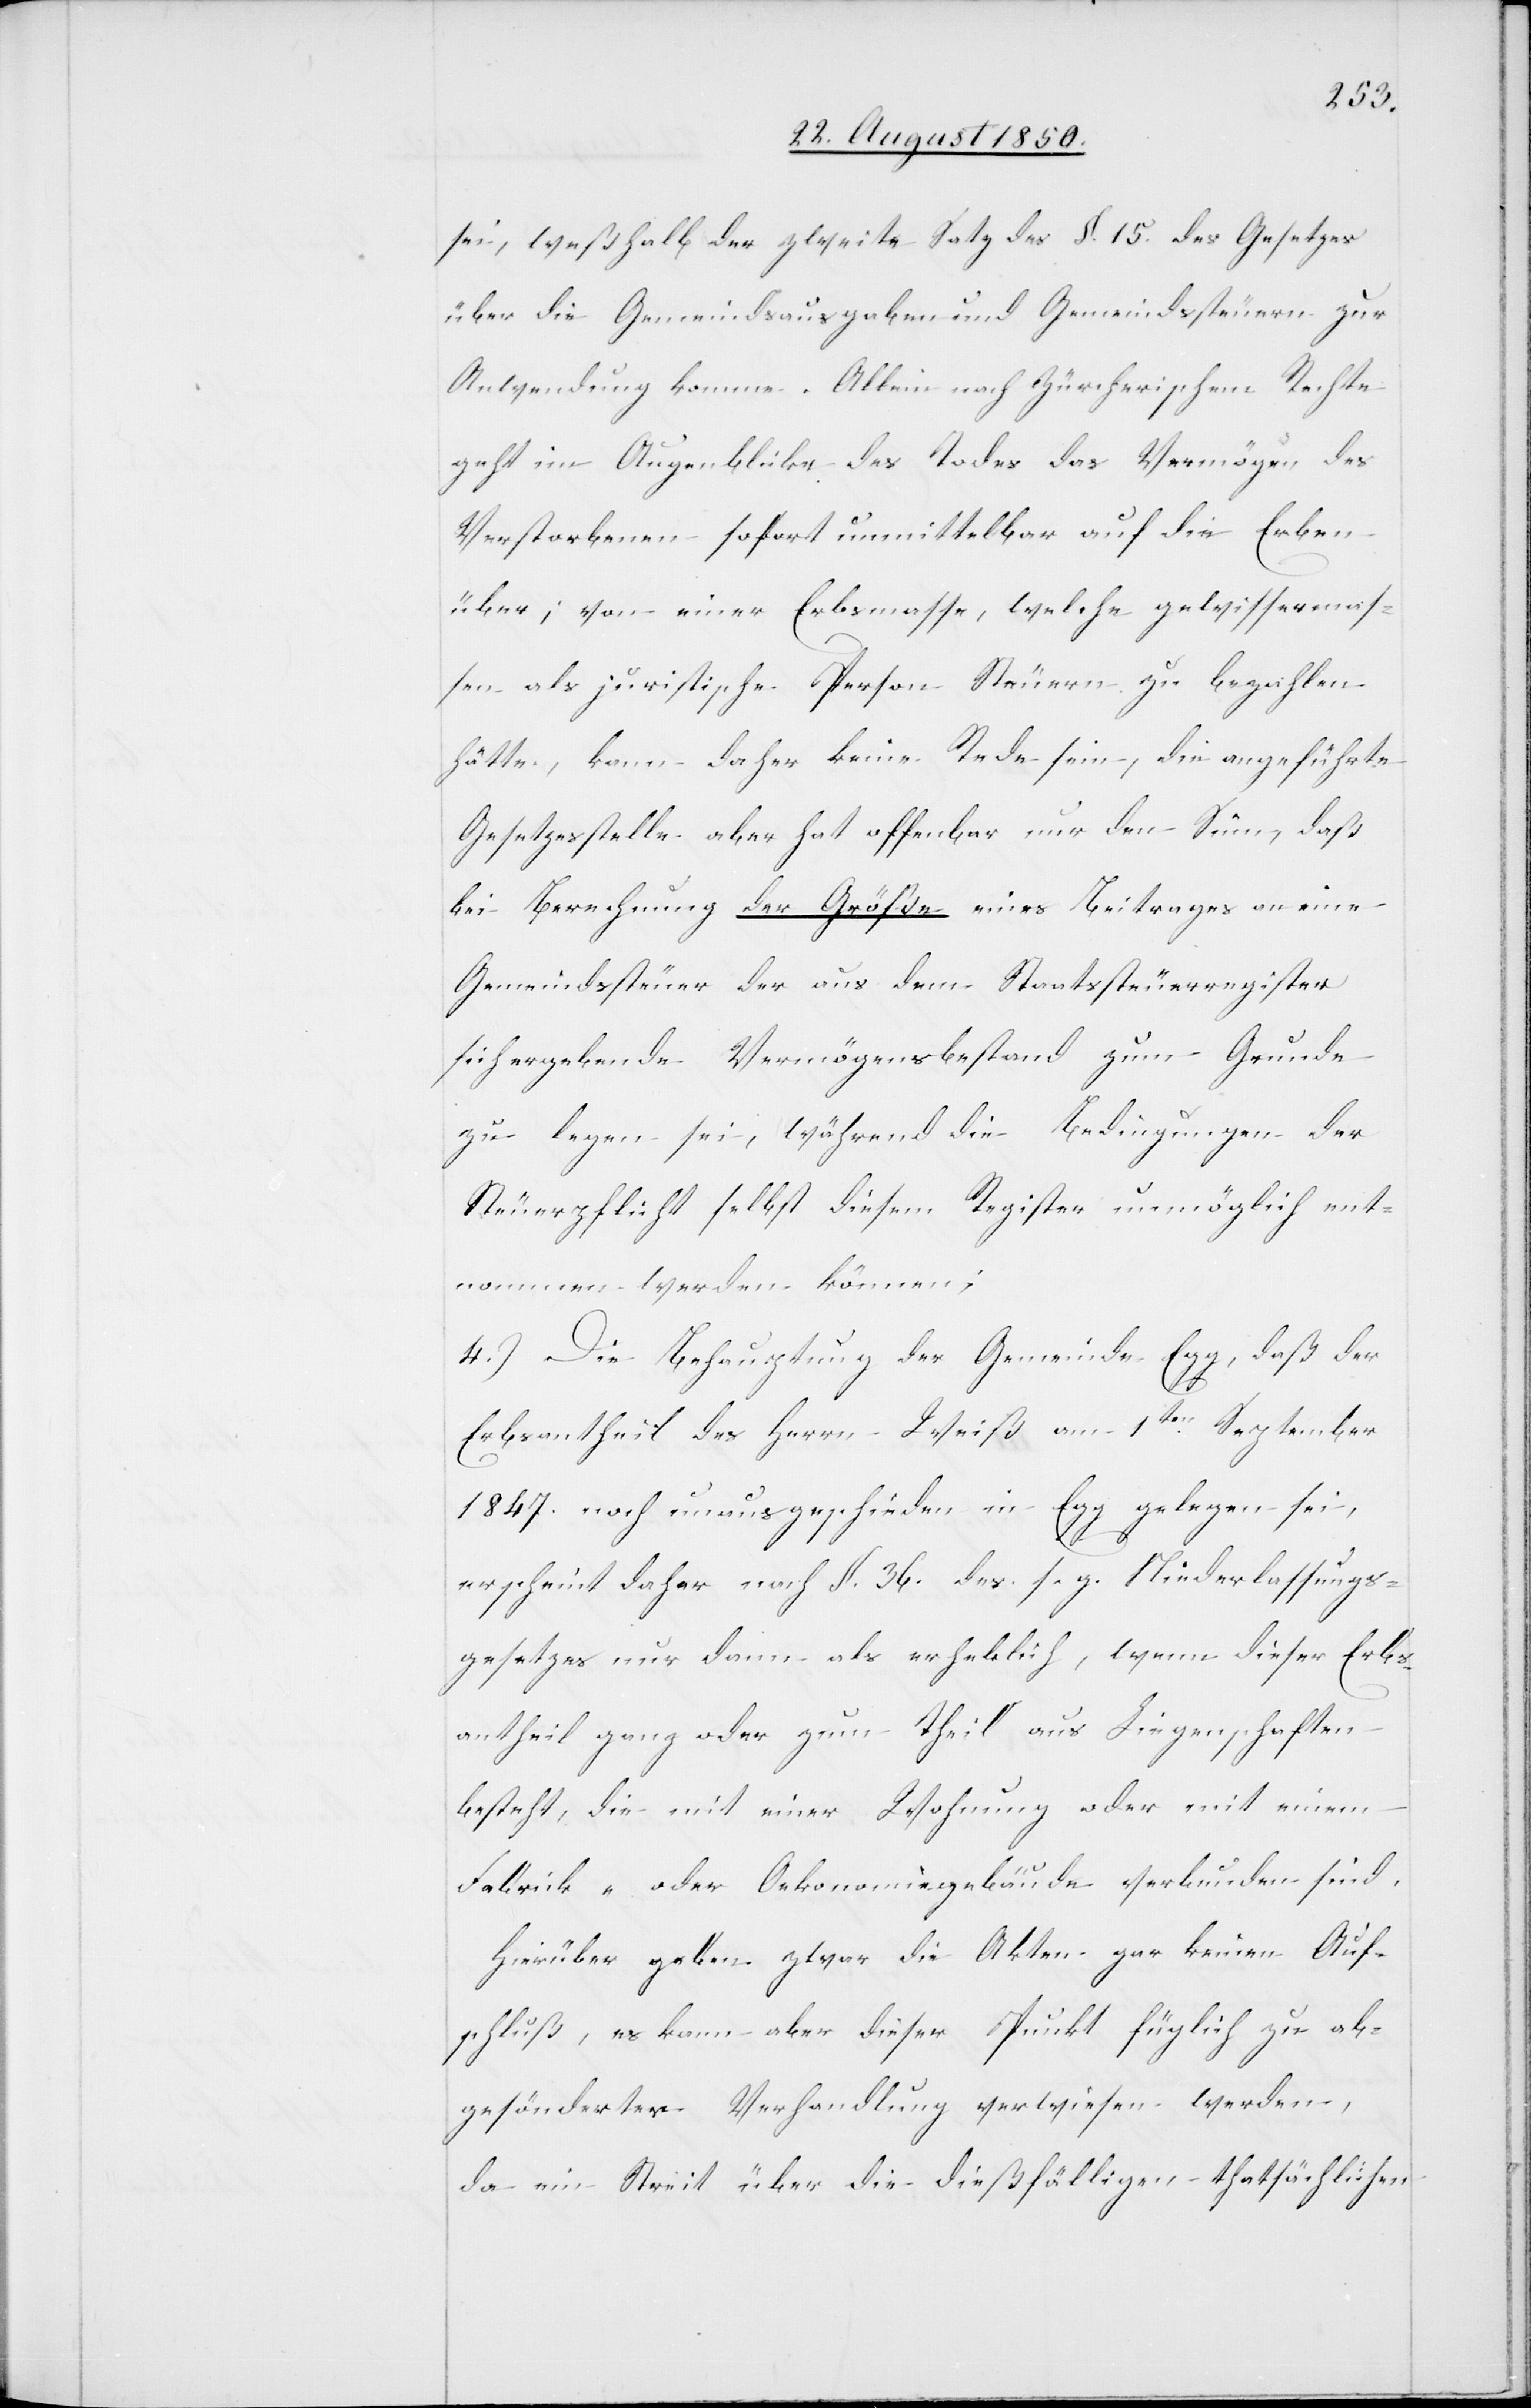
sei, weßhalb der zweite Satz des §. 15. des Gesetzes
über die Gemeindsausgaben und Gemeindssteuern zur
Anwendung komme. Allein nach Zürcherischem Rechte
geht im Augenblicke des Todes das Vermögen des
Verstorbenen sofort unmittelbar auf die Erben
über; von einer Erbsmasse, welche gewissermas¬
sen als juristische Person Steuern zu bezahlen
hätte, kann daher keine Rede sein, die angeführte
Gesetzesstelle aber hat offenbar nur den Sinn, daß
bei Berechnung der Größe eines Beitrages an eine
Gemeindssteuer der aus dem Staatssteuerregister
sich ergebende Vermögensbestand zum Grunde
zu legen sei, während die Bedingungen der
Steuerpflicht selbst diesem Register unmöglich ent¬
nommen werden können;
4.) Die Behauptung der Gemeinde Egg, daß der
Erbsantheil des Herrn Weiß am 1ten September
1847. noch unausgeschieden in Egg gelegen sei,
erscheint daher nach §. 36. des s. g. Niederlassungs¬
gesetzes nur dann als erheblich, wenn dieser Erbs¬
antheil ganz oder zum Theil aus Liegenschaften
besteht, die mit einer Wohnung oder mit einem
Fabrick- oder Oekonomiegebäude verbunden sind.
Hierüber geben zwar die Akten gar keinen Auf¬
schluß, es kann aber dieser Punkt füglich zu ab¬
gesönderter Verhandlung verwiesen werden,
da ein Streit über die dießfälligen thatsächlichen